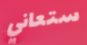
ستعاني